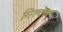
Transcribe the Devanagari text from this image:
गिल्वेल